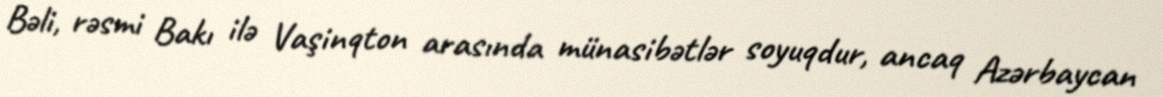
Bəli, rəsmi Bakı ilə Vaşinqton arasında münasibətlər soyuqdur, ancaq Azərbaycan